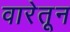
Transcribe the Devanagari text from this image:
वारेतून